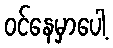
ဝင်နေမှာပေါ့